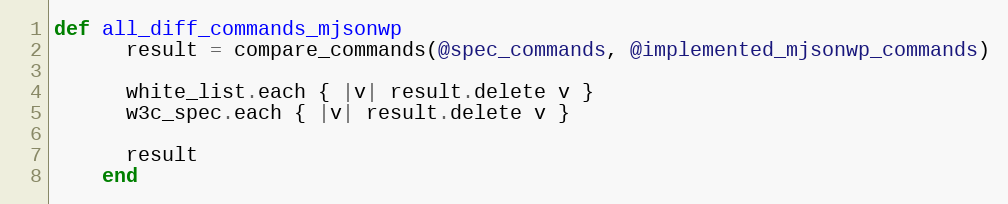
Language: Ruby
def all_diff_commands_mjsonwp
      result = compare_commands(@spec_commands, @implemented_mjsonwp_commands)

      white_list.each { |v| result.delete v }
      w3c_spec.each { |v| result.delete v }

      result
    end